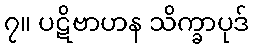
၇။ ပဋိဗာဟန သိက္ခာပုဒ်